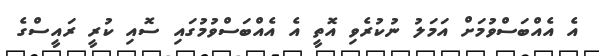
އެ އެއްބަސްވުމަށް އަމަލު ނުކުރެވި އޮތީ އެ އެއްބަސްވުމުގައި ސޮއި ކުރީ ރައީސްގެ